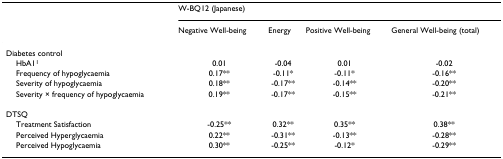
<table><thead><tr><td></td><td colspan="4"><b>W-BQ12 (Japanese)</b></td></tr><tr><td></td><td><b>Negative Well-being</b></td><td><b>Energy</b></td><td><b>Positive Well-being</b></td><td><b>General Well-being (total)</b></td></tr></thead><tbody><tr><td>Diabetes control</td><td></td><td></td><td></td><td></td></tr><tr><td> HbA1<sup>1</sup></td><td>0.01</td><td>-0.04</td><td>0.01</td><td>-0.02</td></tr><tr><td> Frequency of hypoglycaemia</td><td>0.17**</td><td>-0.11*</td><td>-0.11*</td><td>-0.16**</td></tr><tr><td> Severity of hypoglycaemia</td><td>0.18**</td><td>-0.17**</td><td>-0.14**</td><td>-0.20**</td></tr><tr><td> Severity × frequency of hypoglycaemia</td><td>0.19**</td><td>-0.17**</td><td>-0.15**</td><td>-0.21**</td></tr><tr><td>DTSQ</td><td></td><td></td><td></td><td></td></tr><tr><td> Treatment Satisfaction</td><td>-0.25**</td><td>0.32**</td><td>0.35**</td><td>0.38**</td></tr><tr><td> Perceived Hyperglycaemia</td><td>0.22**</td><td>-0.31**</td><td>-0.13**</td><td>-0.28**</td></tr><tr><td> Perceived Hypoglycaemia</td><td>0.30**</td><td>-0.25**</td><td>-0.12*</td><td>-0.29**</td></tr></tbody></table>